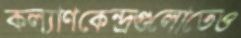
কল্যাণকেন্দ্রগুলোতেও